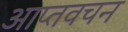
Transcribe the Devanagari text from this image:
आप्तवचन